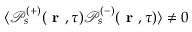
\langle \mathcal { P } _ { s } ^ { ( + ) } ( \textbf { r } , \tau ) \mathcal { P } _ { s } ^ { ( - ) } ( \textbf { r } , \tau ) \rangle \neq 0